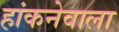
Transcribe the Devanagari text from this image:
हांकनेवाला